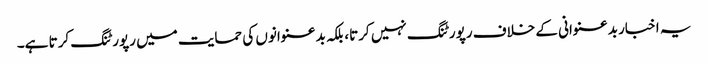
یہ اخبار بدعنوانی کے خلاف رپورٹنگ نہیں کرتا، بلکہ بدعنوانوں کی حمایت میں رپورٹنگ کرتا ہے۔